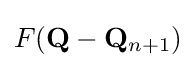
F(\mathbf {Q} -\mathbf {Q} _{n+1})